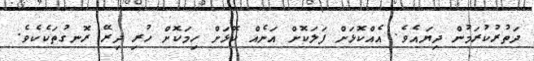
ދަތުރުކުރަމުން ދިޔައެވެ. އެއްކޮޅަށް ފަލަކޮށް އަނެއް ކޮޅަށް ހިމަކޮށް ހުރި ދިރޭ ރޮނގުތަކެކެވެ.